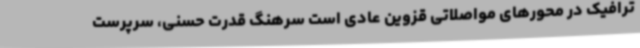
ترافیک در محورهای مواصلاتی قزوین عادی است سرهنگ قدرت حسنی، سرپرست